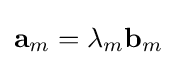
\mathbf {a} _{m}=\lambda _{m}\mathbf {b} _{m}